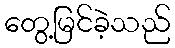
တွေ့မြင်ခဲ့သည်